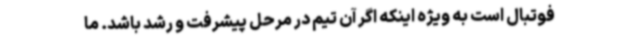
فوتبال است به ویژه اینکه اگر آن تیم در مرحل پیشرفت و رشد باشد. ما